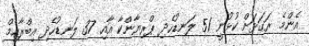
އެންމެ ރަގަޅަށް ކުޅުނީ 51 ލަނޑުހެދި ޕްރިޔާންކާ އާއި 37 ލަނޑުހެދި އިބްރާހިމް